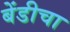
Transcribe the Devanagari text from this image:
बेंडीचा